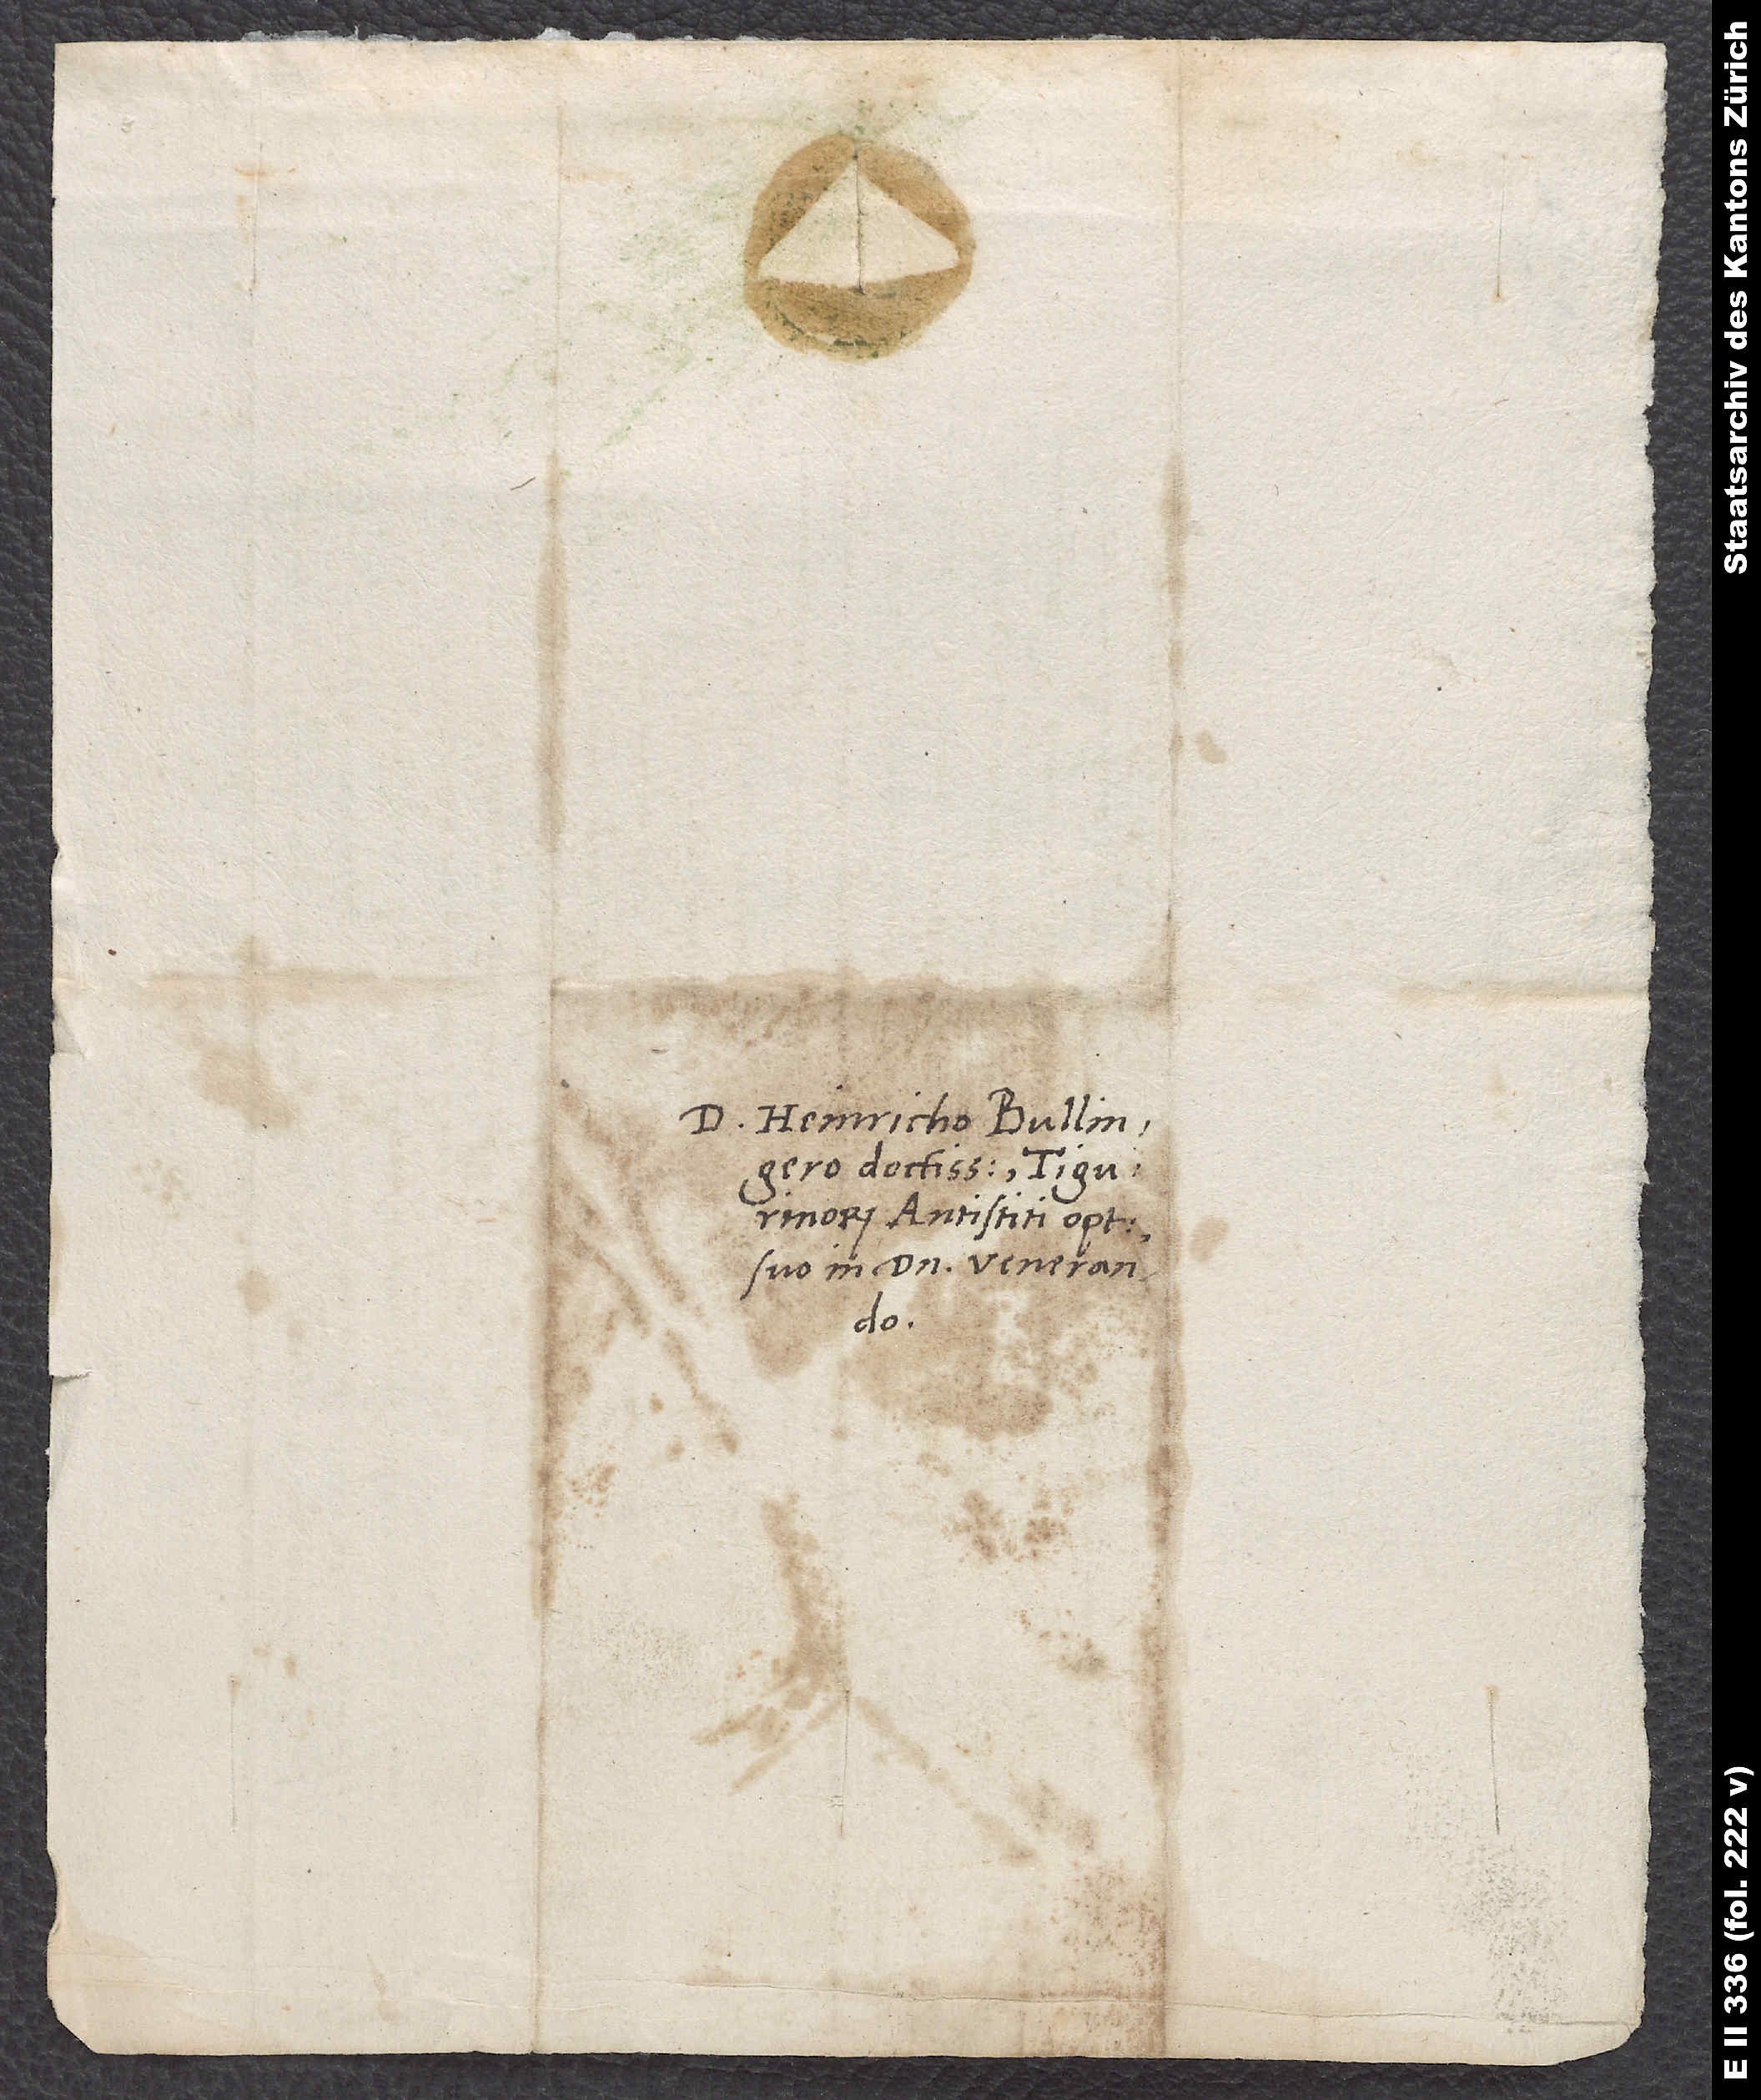
D. Heinricho Bullingero
doctissimo, Tigurinorum
antistiti optimo,
suo in domino venerando.
domino.